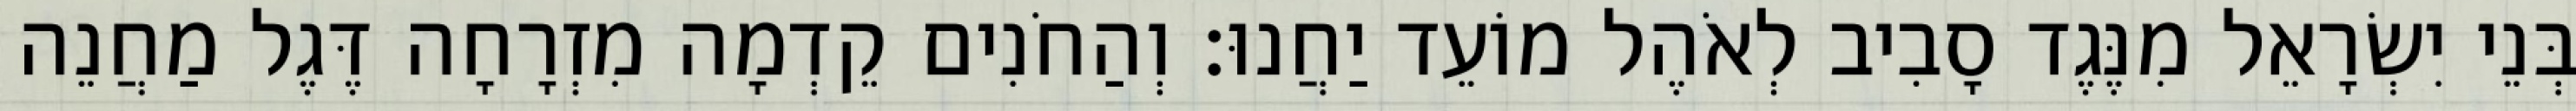
בְּנֵי יִשְׂרָאֵל מִנֶּגֶד סָבִיב לְאֹהֶל מוֹעֵד יַחֲנוּ׃ וְהַחֹנִים קֵדְמָה מִזְרָחָה דֶּגֶל מַחֲנֵה